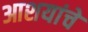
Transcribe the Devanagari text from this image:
आशयांचे